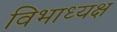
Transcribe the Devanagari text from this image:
विभाध्यक्ष